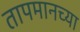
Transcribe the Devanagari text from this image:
तापमानच्या